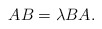
\begin{align*}AB=\lambda BA.\end{align*}